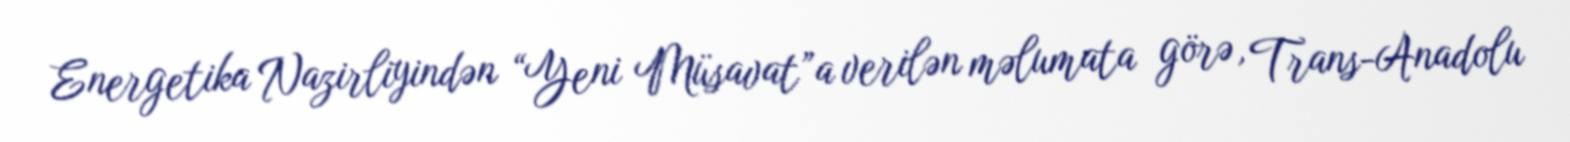
Energetika Nazirliyindən “Yeni Müsavat”a verilən məlumata görə, Trans-Anadolu